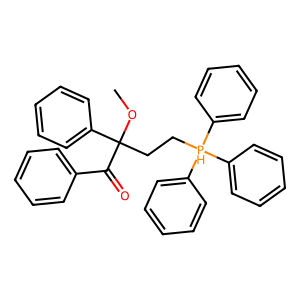
SMILES: COC(CC[PH](c1ccccc1)(c1ccccc1)c1ccccc1)(C(=O)c1ccccc1)c1ccccc1
Inhibits HIV replication: No